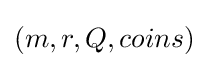
(m,r,Q,coins)